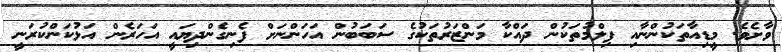
ވާށެވެ. މީޑިއާތަކުންނާއި ފިލްމުތަކުން ދައްކާ މަންޒަރުތަކުގެ ސަބަބުން އަހަންނަށް ފެނިގެންދިޔައީ އަހަރެން އަޅުކަންކުރަނީ